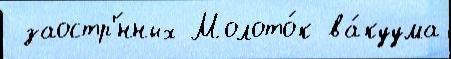
 заостр'́нных Молото́к ва́куума